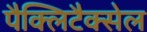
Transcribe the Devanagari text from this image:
पैक्लिटैक्सेल